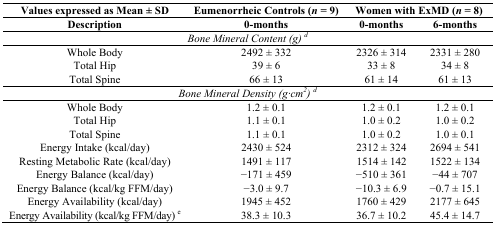
| Values expressed as Mean ± SD | Eumenorrheic Controls (n = 9) | <COLSPAN=2> Women with ExMD (n = 8) |
 | Description | 0-months | 0-months | 6-months |
 | --- | --- | --- | --- |
 | <COLSPAN=4> Bone Mineral Content (g) d |
 | Whole Body | 2492 ± 332 | 2326 ± 314 | 2331 ± 280 |
 | Total Hip | 39 ± 6 | 33 ± 8 | 34 ± 8 |
 | Total Spine | 66 ± 13 | 61 ± 14 | 61 ± 13 |
 | <COLSPAN=4> Bone Mineral Density (g·cm2) d |
 | Whole Body | 1.2 ± 0.1 | 1.2 ± 0.1 | 1.2 ± 0.1 |
 | Total Hip | 1.1 ± 0.1 | 1.0 ± 0.2 | 1.0 ± 0.2 |
 | Total Spine | 1.1 ± 0.1 | 1.0 ± 0.2 | 1.0 ± 0.1 |
 | Energy Intake (kcal/day) | 2430 ± 524 | 2312 ± 324 | 2694 ± 541 |
 | Resting Metabolic Rate (kcal/day) | 1491 ± 117 | 1514 ± 142 | 1522 ± 134 |
 | Energy Balance (kcal/day) | −171 ± 459 | −510 ± 361 | −44 ± 707 |
 | Energy Balance (kcal/kg FFM/day) | −3.0 ± 9.7 | −10.3 ± 6.9 | −0.7 ± 15.1 |
 | Energy Availability (kcal/day) | 1945 ± 452 | 1760 ± 429 | 2177 ± 645 |
 | Energy Availability (kcal/kg FFM/day) e | 38.3 ± 10.3 | 36.7 ± 10.2 | 45.4 ± 14.7 |